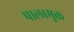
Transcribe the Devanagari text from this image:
पालामुक्त